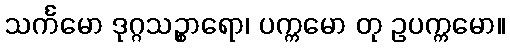
သင်္ကမော ဒုဂ္ဂသဉ္စာရော၊ ပက္ကမော တု ဥပက္ကမော။